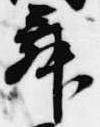
舞